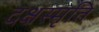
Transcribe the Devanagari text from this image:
दक्षस्मृति